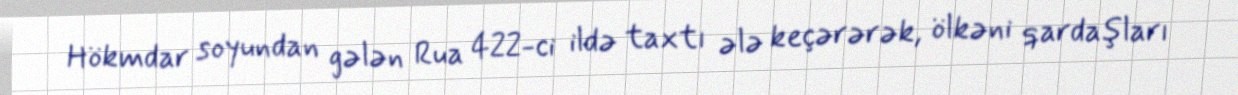
Hökmdar soyundan gələn Rua 422-ci ildə taxtı ələ keçərərək, ölkəni qardaşları